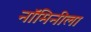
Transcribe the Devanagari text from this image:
नॉमिनीला